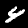
Digit: 4